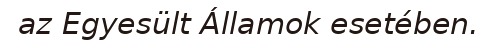
az Egyesült Államok esetében.